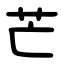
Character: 芒